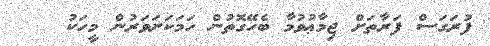
ފުރަގަސް ފަރާތަށް ޖިމާޢުވުމާ ބެހޭގޮތުން ހަމަކަށަވަރުން މީހަކު